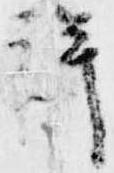
詳